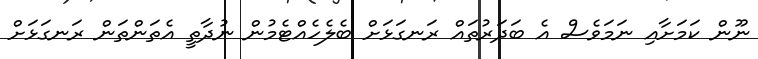
ނޫން ކަމަށާއި ނަމަވެސް އެ ބަދަރުތައް ރަނގަޅަށް ބެލެހެއްޓެމުން ނުދާތީ އެތަންތަން ރަނގަޅަށް